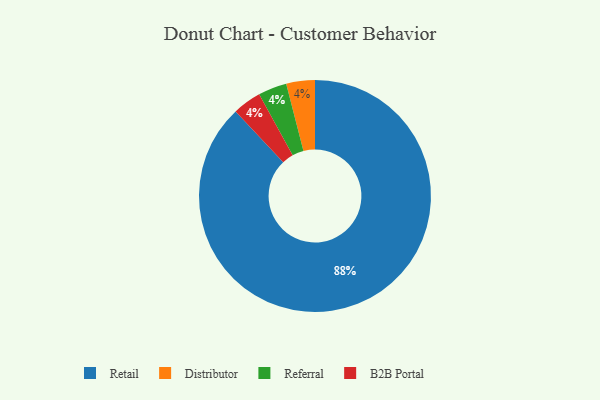
{"axis": {"x": "Category", "y": "Percentage"}, "legend": ["B2B Portal", "Distributor", "Referral", "Retail"], "data": [{"x": "Distributor", "y": 4, "type": "Distributor"}, {"x": "Referral", "y": 4, "type": "Referral"}, {"x": "Retail", "y": 88, "type": "Retail"}, {"x": "B2B Portal", "y": 4, "type": "B2B Portal"}]}